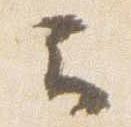
云